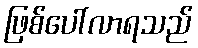
ဖြစ်ပေါ်လာရသည်